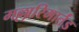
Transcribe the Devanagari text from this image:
मल्लारिमार्तंड